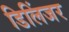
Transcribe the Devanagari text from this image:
डिलिंजर